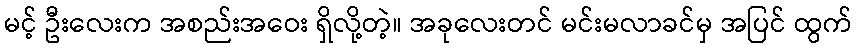
မင့် ဦးလေးက အစည်းအဝေး ရှိလို့တဲ့။ အခုလေးတင် မင်းမလာခင်မှ အပြင် ထွက်